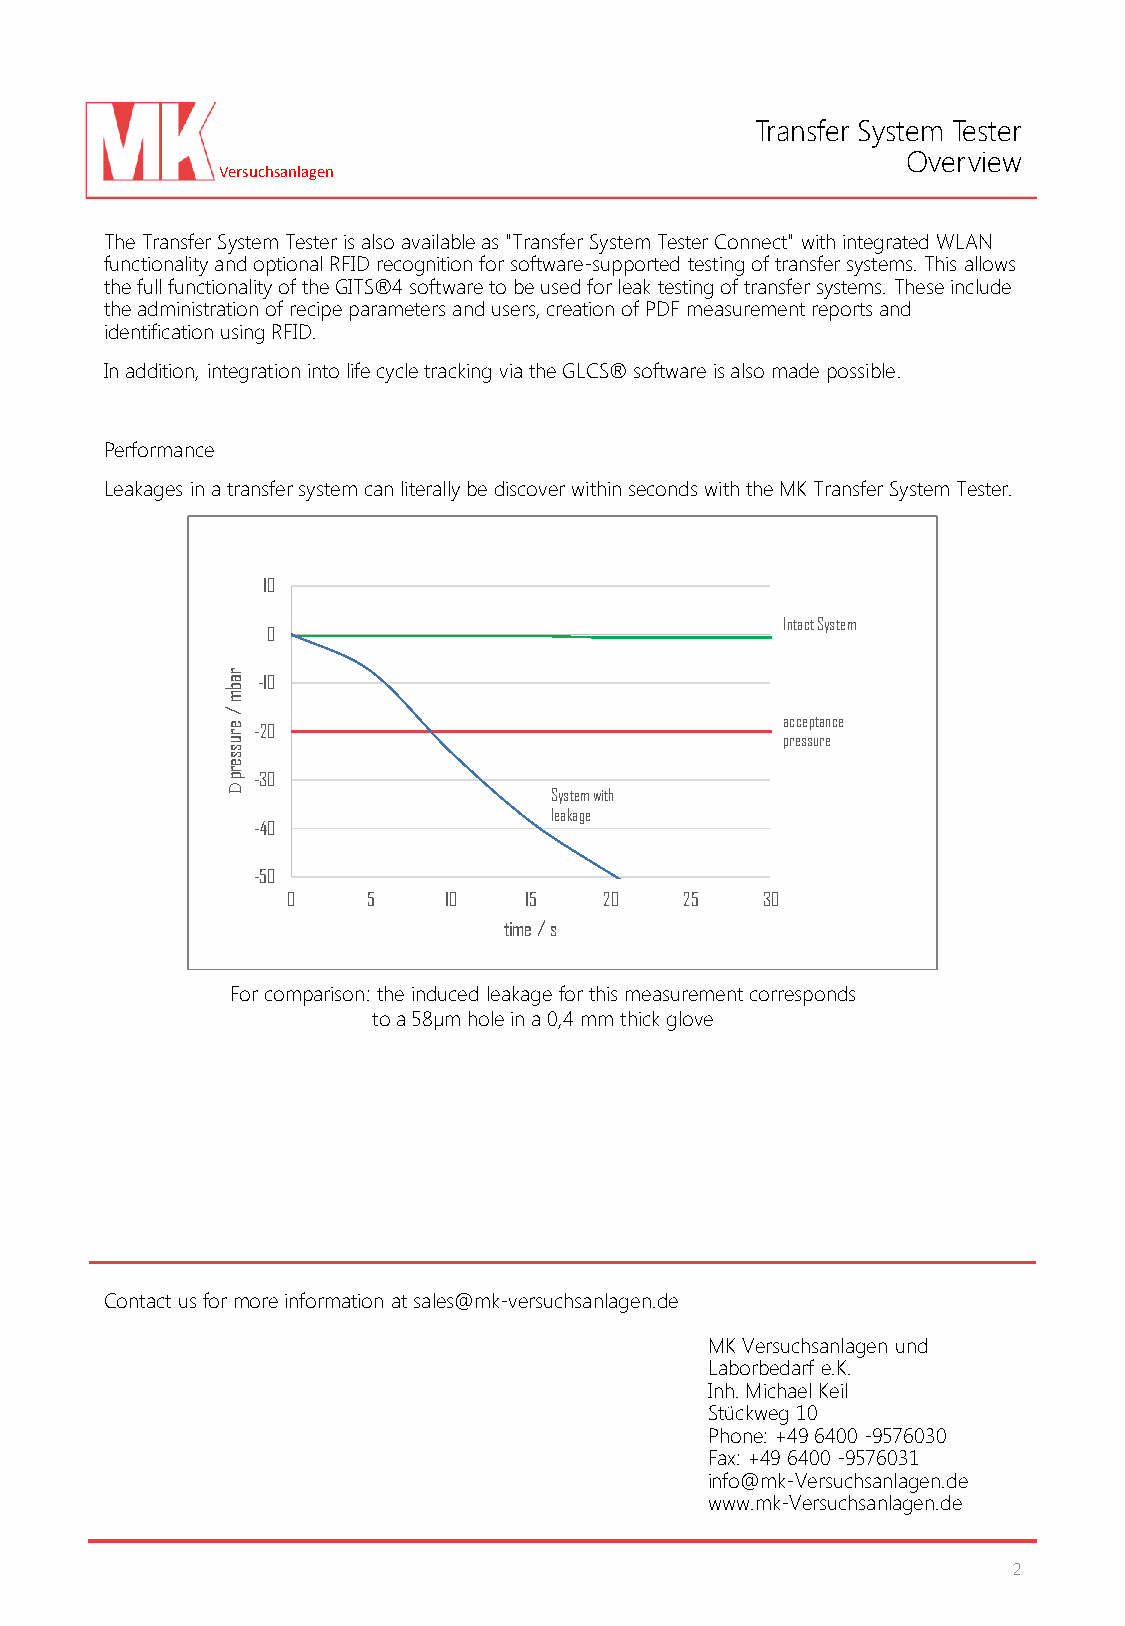
Transfer System Tester
 Overview
 Versuchsanlagen
 The Transfer System Tester is also available as "Transfer System Tester Connect" with integrated WLAN
 functionality and optional RFID recognition for software-supported testing of transfer systems. This allows
 the full functionality of the GITS®4 software to be used for leak testing of transfer systems. These include
 the administration of recipe parameters and users, creation of PDF measurement reports and
 identification using RFID.
 In addition, integration into life cycle tracking via the GLCS® software is also made possible.
 Performance
 Leakages in a transfer system can literally be discover within seconds with the MK Transfer System Tester.
 10
 Intact System
 0
 r
 a -10
 b
 m
 /
 e r
 u
 -20
 a pc rec se sp uta rn ec e
 s
 s
 e
 r
 p -30
 D                    System with
 leakage
 -40
 -50
 0    5    10    15   20   25   30
 time / s
 For comparison: the induced leakage for this measurement corresponds
 to a 58µm hole in a 0,4 mm thick glove
 Contact us for more information at sales@mk-versuchsanlagen.de
 MK Versuchsanlagen und
 Laborbedarf e.K.
 Inh. Michael Keil
 Stückweg 10
 Phone: +49 6400 -9576030
 Fax: +49 6400 -9576031
 info@mk-Versuchsanlagen.de
 www.mk-Versuchsanlagen.de
 2